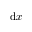
\mathrm { d } x